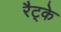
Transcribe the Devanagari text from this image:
रैट्के